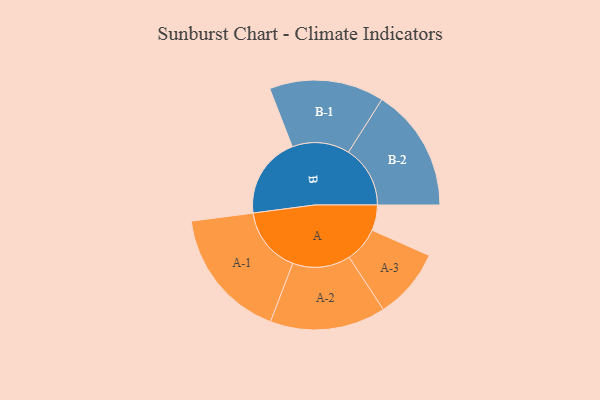
{"axis": {"x": "Segment", "y": "Value"}, "legend": ["", "A", "B"], "data": [{"x": "A", "y": 112, "type": ""}, {"x": "B", "y": 358, "type": ""}, {"x": "A-1", "y": 290, "type": "A"}, {"x": "A-2", "y": 254, "type": "A"}, {"x": "A-3", "y": 155, "type": "A"}, {"x": "B-1", "y": 252, "type": "B"}, {"x": "B-2", "y": 271, "type": "B"}]}